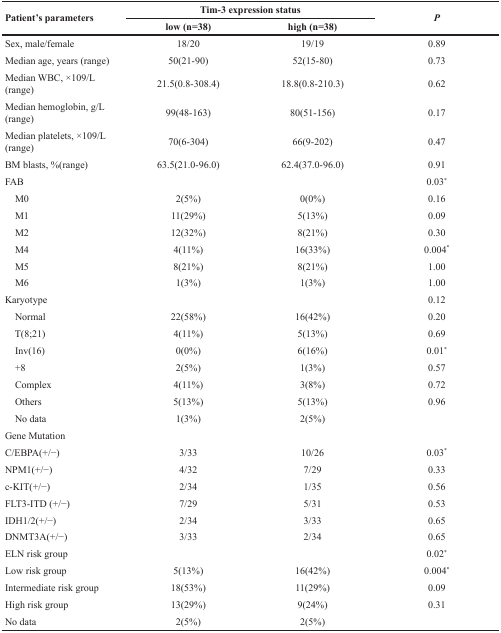
<table><thead><tr><td rowspan="2"><b>Patient&#x27;s parameters</b></td><td colspan="2"><b>Tim-3 expression status</b></td><td rowspan="2"><b><i>P</i></b></td></tr><tr><td><b>low (n=38)</b></td><td><b>high (n=38)</b></td></tr></thead><tbody><tr><td>Sex, male/female</td><td>18/20</td><td>19/19</td><td>0.89</td></tr><tr><td>Median age, years (range)</td><td>50(21-90)</td><td>52(15-80)</td><td>0.73</td></tr><tr><td>Median WBC, ×109/L (range)</td><td>21.5(0.8-308.4)</td><td>18.8(0.8-210.3)</td><td>0.62</td></tr><tr><td>Median hemoglobin, g/L (range)</td><td>99(48-163)</td><td>80(51-156)</td><td>0.17</td></tr><tr><td>Median platelets, ×109/L (range)</td><td>70(6-304)</td><td>66(9-202)</td><td>0.47</td></tr><tr><td>BM blasts, %(range)</td><td>63.5(21.0-96.0)</td><td>62.4(37.0-96.0)</td><td>0.91</td></tr><tr><td>FAB</td><td></td><td></td><td>0.03<sup>*</sup></td></tr><tr><td> M0</td><td>2(5%)</td><td>0(0%)</td><td>0.16</td></tr><tr><td> M1</td><td>11(29%)</td><td>5(13%)</td><td>0.09</td></tr><tr><td> M2</td><td>12(32%)</td><td>8(21%)</td><td>0.30</td></tr><tr><td> M4</td><td>4(11%)</td><td>16(33%)</td><td>0.004<sup>*</sup></td></tr><tr><td> M5</td><td>8(21%)</td><td>8(21%)</td><td>1.00</td></tr><tr><td> M6</td><td>1(3%)</td><td>1(3%)</td><td>1.00</td></tr><tr><td>Karyotype</td><td></td><td></td><td>0.12</td></tr><tr><td> Normal</td><td>22(58%)</td><td>16(42%)</td><td>0.20</td></tr><tr><td> T(8;21)</td><td>4(11%)</td><td>5(13%)</td><td>0.69</td></tr><tr><td> Inv(16)</td><td>0(0%)</td><td>6(16%)</td><td>0.01<sup>*</sup></td></tr><tr><td> +8</td><td>2(5%)</td><td>1(3%)</td><td>0.57</td></tr><tr><td> Complex</td><td>4(11%)</td><td>3(8%)</td><td>0.72</td></tr><tr><td> Others</td><td>5(13%)</td><td>5(13%)</td><td>0.96</td></tr><tr><td> No data</td><td>1(3%)</td><td>2(5%)</td><td></td></tr><tr><td>Gene Mutation</td><td></td><td></td><td></td></tr><tr><td>C/EBPA(+/−)</td><td>3/33</td><td>10/26</td><td>0.03<sup>*</sup></td></tr><tr><td>NPM1(+/−)</td><td>4/32</td><td>7/29</td><td>0.33</td></tr><tr><td>c-KIT(+/−)</td><td>2/34</td><td>1/35</td><td>0.56</td></tr><tr><td>FLT3-ITD (+/−)</td><td>7/29</td><td>5/31</td><td>0.53</td></tr><tr><td>IDH1/2(+/−)</td><td>2/34</td><td>3/33</td><td>0.65</td></tr><tr><td>DNMT3A(+/−)</td><td>3/33</td><td>2/34</td><td>0.65</td></tr><tr><td>ELN risk group</td><td></td><td></td><td>0.02<sup>*</sup></td></tr><tr><td>Low risk group</td><td>5(13%)</td><td>16(42%)</td><td>0.004<sup>*</sup></td></tr><tr><td>Intermediate risk group</td><td>18(53%)</td><td>11(29%)</td><td>0.09</td></tr><tr><td>High risk group</td><td>13(29%)</td><td>9(24%)</td><td>0.31</td></tr><tr><td>No data</td><td>2(5%)</td><td>2(5%)</td><td></td></tr></tbody></table>